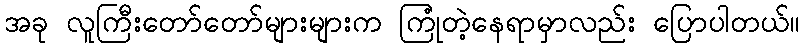
အခု လူကြီးတော်တော်များများက ကြုံတဲ့နေရာမှာလည်း ပြောပါတယ်။